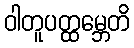
ဝါတူပတ္ထမ္ဘေတိ